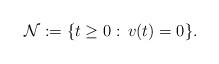
LaTeX: \begin{align*}{\cal N}:= \{t\ge 0: \, v(t)=0 \}.\end{align*}